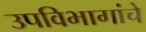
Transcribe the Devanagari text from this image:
उपविभागांचे